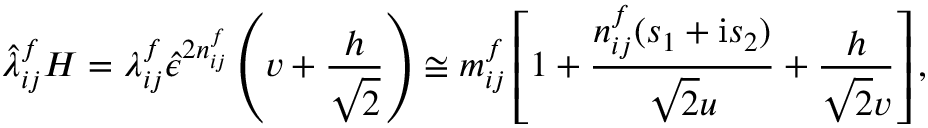
\hat { \lambda } _ { i j } ^ { f } H = \lambda _ { i j } ^ { f } \hat { \epsilon } ^ { 2 n _ { i j } ^ { f } } \left( v + \frac { h } { \sqrt { 2 } } \right) \cong m _ { i j } ^ { f } \left[ 1 + \frac { n _ { i j } ^ { f } ( s _ { 1 } + \mathrm { i } s _ { 2 } ) } { \sqrt { 2 } u } + \frac { h } { \sqrt { 2 } v } \right] ,